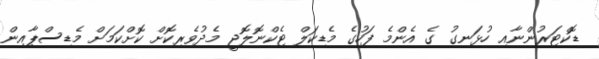
ޑޮކްޓަރުންނާއި ހުޅަނގު ގެ އެންމެ ފަހުގެ މެޑިކަލް ޓެކްނޮލޮޖީ މެދުވެރިކޮށް ކޮށްކަމަށް މެޑިސްޕާއިން